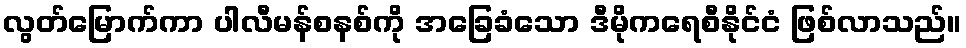
လွတ်မြောက်ကာ ပါလီမန်စနစ်ကို အခြေခံသော ဒီမိုကရေစီနိုင်ငံ ဖြစ်လာသည်။